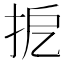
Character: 㧖